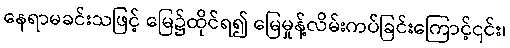
နေရာမခင်းသဖြင့် မြေ၌ထိုင်ရ၍ မြေမှုန့်လိမ်းကပ်ခြင်းကြောင့်၎င်း၊